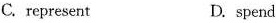
C. represent D. spend